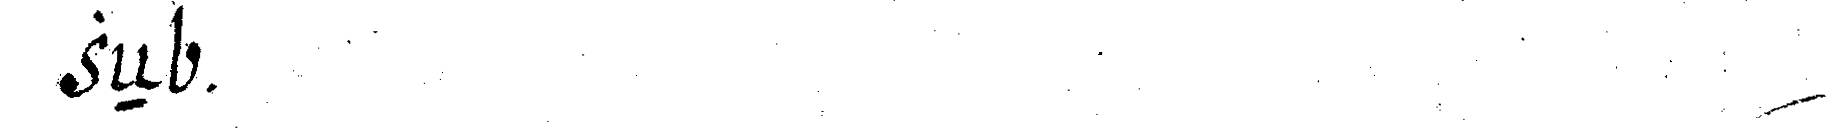
zeN .